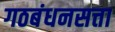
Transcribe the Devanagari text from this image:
गठबंधनसत्ता